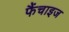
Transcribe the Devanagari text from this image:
फैंचाइज